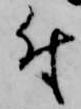
付